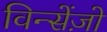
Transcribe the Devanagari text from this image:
विन्सेंज़ो